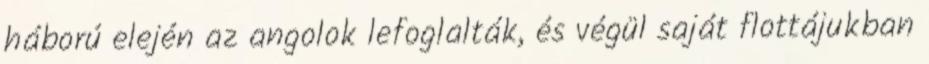
háború elején az angolok lefoglalták, és végül saját flottájukban